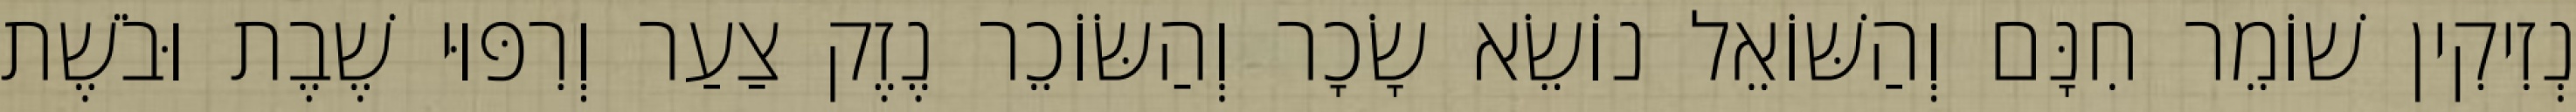
נְזִיקִין שׁוֹמֵר חִנָּם וְהַשּׁוֹאֵל נוֹשֵׂא שָׂכָר וְהַשּׂוֹכֵר נֶזֶק צַעַר וְרִפּוּי שֶׁבֶת וּבֹשֶׁת